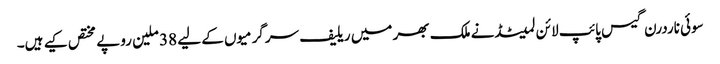
سوئی ناردرن گیس پائپ لائن لمیٹڈنے ملک بھر میں ریلیف سرگرمیوں کے لیے 38 ملین روپے مختص کیے ہیں۔